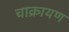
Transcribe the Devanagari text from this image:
चाक्रायण